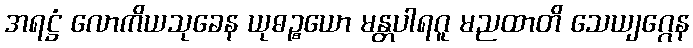
အရဋ္ဌံ လောကိယသုခေန ယုဓဉ္စယော မန္တပါရဂူ မညထာတိ သေယျဂ္ဂေန